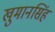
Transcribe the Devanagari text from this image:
खुमानसिंह